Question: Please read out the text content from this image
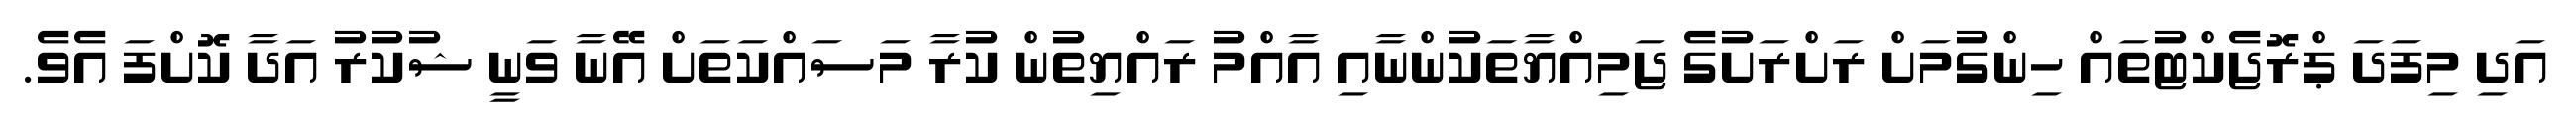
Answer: އަދި މިފަދަ ޕްރޮޖެކްޓުތައް ހިންގުމަށް ރަށްރަށުގެ ޖަމިއްޔާތަކުންނާއި އާއްމު ރައްޔިތުން ކުރާ މަސައްކަތަށް އޭނާ ވަނީ ޝުކުރު އަދާ ކޮށްފަ އެވެ.